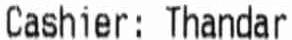
CASHIER: THANDAR